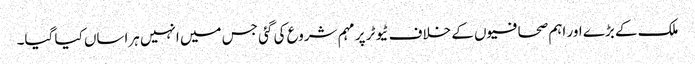
ملک کے بڑے اور اہم صحافیوں کے خلاف ٹیوٹر پر مہم شروع کی گئی جس میں انہیں ہراساں کیا گیا۔